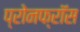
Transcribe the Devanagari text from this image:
प्रोनफ्रॉस